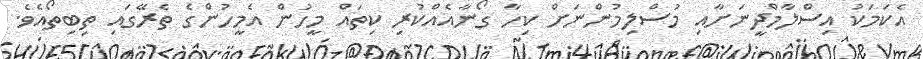
އެކަމަކު އިސްލާމްދީނަށާއި މުސްލިމުންނަށް ކިހާ ގޯނާއެއްކުރި ކިތައް މީހުން އެމީހުންގެ ތެރޭގައި ތިބިތޯއެވެ.